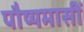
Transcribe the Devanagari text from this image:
पौष्यमासीं